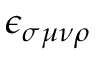
\epsilon _ { \sigma \mu \nu \rho }